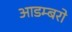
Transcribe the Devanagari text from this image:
आडम्बरो